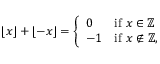
\lfloor x \rfloor + \lfloor - x \rfloor = { \left\{ \begin{array} { l l } { 0 } & { { \mathrm { i f ~ } } x \in \mathbb { Z } } \\ { - 1 } & { { \mathrm { i f ~ } } x \not \in \mathbb { Z } , } \end{array} \right. }